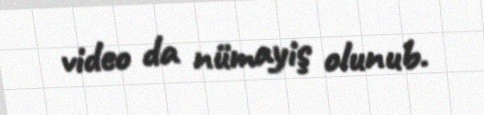
video da nümayiş olunub.